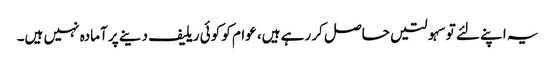
یہ اپنے لئے توسہولتیں حاصل کر رہے ہیں، عوام کو کوئی ریلیف دینے پر آمادہ نہیں ہیں۔